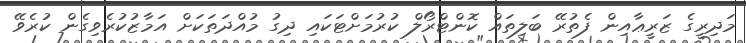
މަދިރީގެ ޒަރީޢާއިން ފެތުރޭ ބަލިތައް ކޮންޓްރޯލް ކުރުމަށްޓަކައި ދިގު މުއްދަތަކަށް އަމާޒުކުރެވިގެން ކުރެވޭ